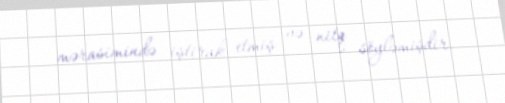
mərasimində iştirak etmiş və nitq söyləmişdir.